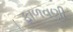
ફાળવણી